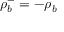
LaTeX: \rho _ { b } ^ { - } = - \rho _ { b }